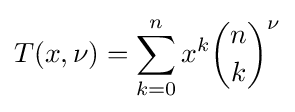
T(x,\nu )=\sum _{k=0}^{n}x^{k}{\binom {n}{k}}^{\nu }